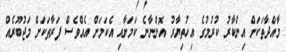
މާއްދާތަކަށް އިންކާރު ކުރުމުގެ އިހުތިޔާރު އޮންނާނެ ކަމަށާއި އެކަމަށް އެއްވެސް ފަރާތަކަށް މަޖުބޫރެއް